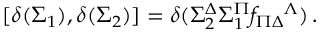
{ } [ \delta ( \Sigma _ { 1 } ) , \delta ( \Sigma _ { 2 } ) ] = \delta ( \Sigma _ { 2 } ^ { \Delta } \Sigma _ { 1 } ^ { \Pi } f _ { \Pi \Delta } { } ^ { \Lambda } ) \, .